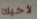
لأخيك